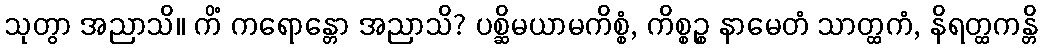
သုတွာ အညာသိ။ ကိံ ကရောန္တော အညာသိ? ပစ္ဆိမယာမကိစ္စံ, ကိစ္စဉ္စ နာမေတံ သာတ္ထကံ, နိရတ္ထကန္တိ